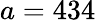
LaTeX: a=434